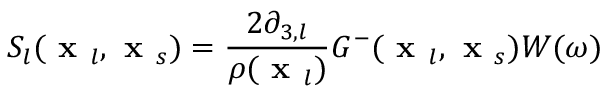
S _ { l } ( \textbf { x } _ { l } , \textbf { x } _ { s } ) = \frac { 2 \partial _ { 3 , l } } { \rho ( \textbf { x } _ { l } ) } G ^ { - } ( \textbf { x } _ { l } , \textbf { x } _ { s } ) W ( \omega )